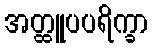
အတ္ထူပပရိက္ခာ